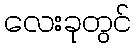
လေးခုတွင်